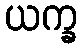
ယက္ခ